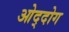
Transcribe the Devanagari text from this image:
ओद्दोग